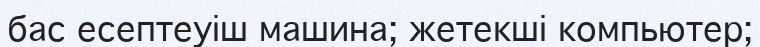
бас есептеуіш машина; жетекші компьютер;